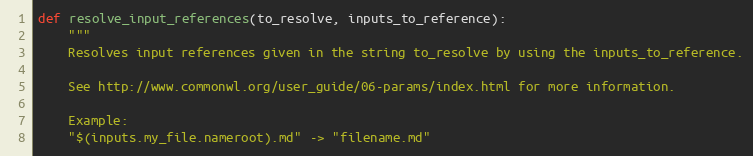
Language: Python
def resolve_input_references(to_resolve, inputs_to_reference):
    """
    Resolves input references given in the string to_resolve by using the inputs_to_reference.

    See http://www.commonwl.org/user_guide/06-params/index.html for more information.

    Example:
    "$(inputs.my_file.nameroot).md" -> "filename.md"